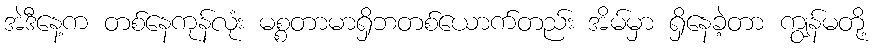
အဲဒီနေ့က တစ်နေကုန်လုံး မစ္စတာမာရှိဘတစ်ယောက်တည်း အိမ်မှာ ရှိနေခဲ့တာ ကျွန်မတို့